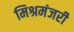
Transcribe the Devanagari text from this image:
मिश्रमंजरी